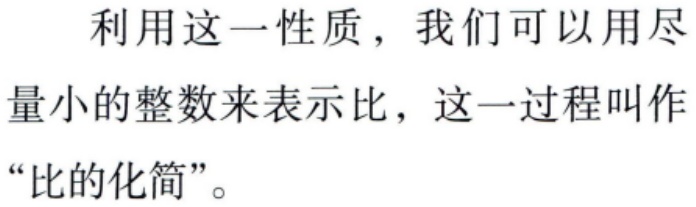
利用这一性质，我们可以用尽量小的整数来表示比，这一过程叫作“比的化简”。